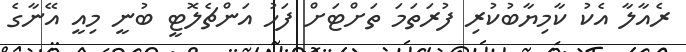
ރެއާލާ އެކު ކާމިޔާބުކުރި ފުރަތަމަ ތަށްޓަށް ފަހު އަންޗެލޮޓީ ބުނީ މިއީ އޭނާގެ